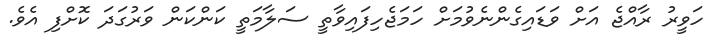
ހަވީރު ރާއްޖެ އަށް ވަޑައިގެންނެވުމަށް ހަމަޖެހިފައިވާތީ ސަލާމަތީ ކަންކަން ވަރުގަދަ ކޮށްފި އެވެ.